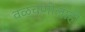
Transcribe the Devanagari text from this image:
वळचणीलाही